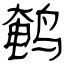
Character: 鹌